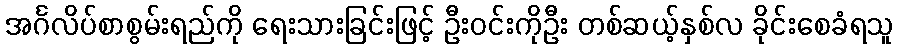
အင်္ဂလိပ်စာစွမ်းရည်ကို ရေးသားခြင်းဖြင့် ဦးဝင်းကိုဦး တစ်ဆယ့်နှစ်လ ခိုင်းစေခံရသူ